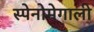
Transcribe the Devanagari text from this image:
स्पेनोमेगाली